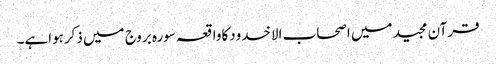
قرآن مجید میں اصحاب الاخدودکاواقعہ سورہ بروج میں ذکرہواہے۔